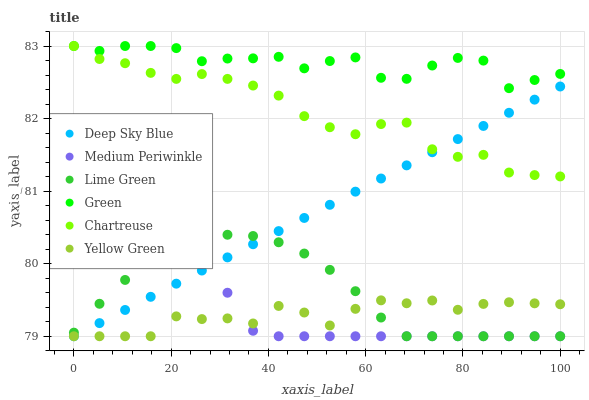
| xaxis_label | Deep Sky Blue | Medium Periwinkle | Lime Green | Green | Chartreuse | Yellow Green |
 | --- | --- | --- | --- | --- | --- | --- |
 | 0 | 79 | 80.1 | 79 | 83 | 83 | 79 |
 | 5.26 | 79.2 | 80.3 | 79.4 | 82.9 | 82.8 | 79 |
 | 10.5 | 79.4 | 80.4 | 79.8 | 83 | 82.8 | 79 |
 | 15.8 | 79.5 | 80.4 | 80 | 83 | 82.6 | 79 |
 | 21.1 | 79.7 | 80.3 | 80.2 | 83 | 82.5 | 79.3 |
 | 26.3 | 79.9 | 80 | 80.3 | 82.8 | 82.6 | 79.2 |
 | 31.6 | 80.1 | 79.6 | 80.4 | 82.8 | 82.5 | 79.2 |
 | 36.8 | 80.3 | 79.1 | 80.4 | 82.8 | 82.5 | 79.2 |
 | 42.1 | 80.4 | 79 | 80.3 | 82.9 | 82.3 | 79.4 |
 | 47.4 | 80.6 | 79 | 80.1 | 82.7 | 82 | 79.3 |
 | 52.6 | 80.8 | 79 | 79.9 | 82.8 | 81.9 | 79.1 |
 | 57.9 | 81 | 79 | 79.6 | 82.8 | 81.8 | 79.4 |
 | 63.2 | 81.2 | 79 | 79.3 | 82.6 | 81.9 | 79.5 |
 | 68.4 | 81.4 | 79 | 79 | 82.5 | 81.9 | 79.5 |
 | 73.7 | 81.5 | 79 | 79 | 82.7 | 81.6 | 79.5 |
 | 78.9 | 81.7 | 79 | 79 | 82.8 | 81.5 | 79.4 |
 | 84.2 | 81.9 | 79 | 79 | 82.8 | 81.5 | 79.4 |
 | 89.5 | 82.1 | 79 | 79 | 82.4 | 81.3 | 79.5 |
 | 94.7 | 82.3 | 79 | 79 | 82.5 | 81.2 | 79.5 |
 | 100 | 82.4 | 79 | 79 | 82.6 | 81.2 | 79.4 |